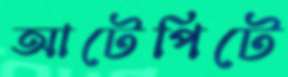
আটেপিটে